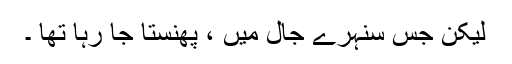
لیکن جس سنہرے جال میں ، پھنستا جا رہا تھا ۔